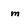
Character: m